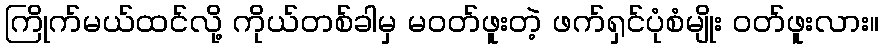
ကြိုက်မယ်ထင်လို့ ကိုယ်တစ်ခါမှ မဝတ်ဖူးတဲ့ ဖက်ရှင်ပုံစံမျိုး ဝတ်ဖူးလား။